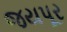
જયપૂર